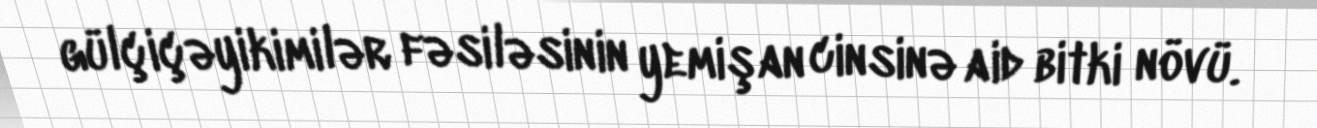
gülçiçəyikimilər fəsiləsinin yemişan cinsinə aid bitki növü.